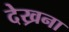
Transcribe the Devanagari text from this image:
देख्रना